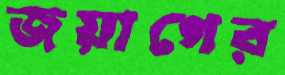
জয়াগের